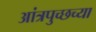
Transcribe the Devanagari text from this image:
आंत्रपुच्छच्या